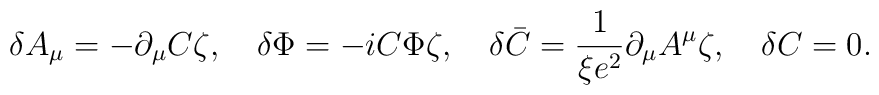
\delta A_\mu=-\partial_\mu C \zeta,\quad\delta\Phi=-iC\Phi\zeta,\quad\delta \bar{C}=\frac{1}{\xi e^2} \partial_\mu A^\mu\zeta,\quad\delta C=0.